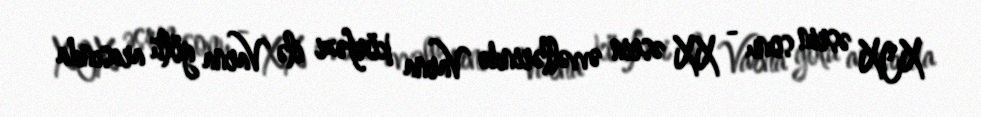
XIX əsrin sonu - XX əsrin əvvəllərində Varna körfəzi ilə Varna gölü arasında